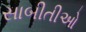
સાબીતીઓ